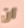
أن